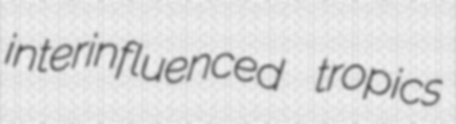
interinfluenced tropics